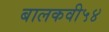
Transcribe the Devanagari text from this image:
बालकवी५४